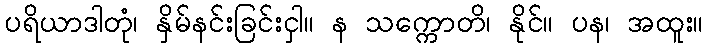
ပရိယာဒါတုံ၊ နှိမ်နင်းခြင်းငှါ။ န သက္ကောတိ၊ နိုင်။ ပန၊ အထူး။